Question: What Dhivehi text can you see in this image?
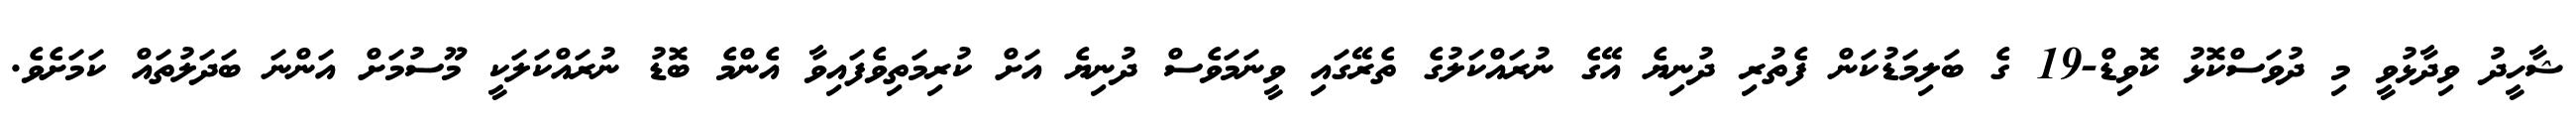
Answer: ޝާހީދު ވިދާޅުވީ މި ދުވަސްކޮޅު ކޮވިޑް-19 ގެ ބަލިމަޑުކަން ފެތުރި ދުނިޔެ އޭގެ ނުރައްކަލުގެ ތެރޭގައި ވީނަމަވެސް ދުނިޔެ އަށް ކުރިމަތިވެފައިވާ އެންމެ ބޮޑު ނުރައްކަލަކީ މޫސުމަށް އަންނަ ބަދަލުތައް ކަމަށެވެ.